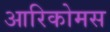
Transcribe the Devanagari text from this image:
आरिकोमस